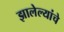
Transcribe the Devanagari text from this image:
झालेल्यांचे